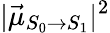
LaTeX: |\vec{\mu}_{S_{0}\rightarrow S_{1}}|^{2}